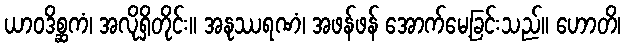
ယာဝဒိစ္ဆကံ၊ အလိုရှိတိုင်း။ အနုဿရဏံ၊ အဖန်ဖန် အောက်မေ့ခြင်းသည်။ ဟောတိ၊